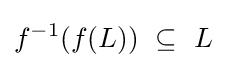
f^{-1}(f(L))~\subseteq ~L